Annual statistical returns and brief notes on vaccination in Bengal - 1909-1929
Year: 1909
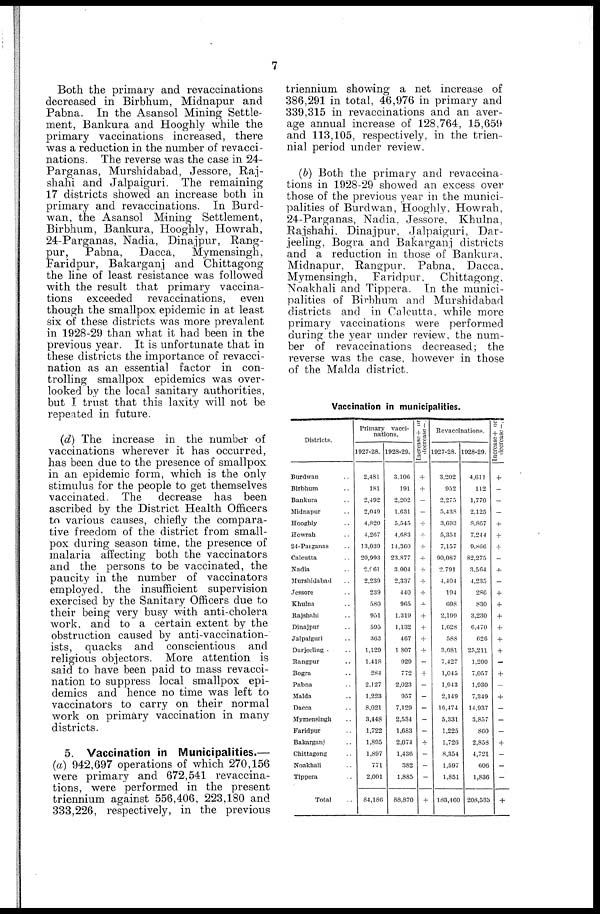
7
Both the primary and revaccinations
decreased in Birbhum, Midnapur and
Pabna. In the Asansol Mining Settle-
ment, Bankura and Hooghly while the
primary vaccinations increased, there
was a reduction in the number of revacci-
nations. The reverse was the case in 24-
Parganas, Murshidabad, Jessore, Raj-
shahi and Jalpaiguri. The remaining
17 districts showed an increase both in
primary and revaccinations. In Burd-
wan, the Asansol Mining Settlement,
Birbhum, Bankura, Hooghly, Howrah,
24-Parganas, Nadia, Dinajpur, Rang-
pur,
Pabna,
Dacca,
Mymensingh,
Faridpur, Bakarganj and Chittagong
the line of least resistance was followed
with the result that primary vaccina-
tions exceeded revaccinations, even
though the smallpox epidemic in at least
six of these districts was more prevalent
in 1928-29 than what it had been in the
previous year. It is unfortunate that in
these districts the importance of revacci-
nation as an essential factor in con-
trolling smallpox epidemics was over-
looked by the local sanitary authorities,
but I trust that this laxity will not be
repeated in future.
(d) The increase in the number of
vaccinations wherever it has occurred,
has been due to the presence of smallpox
in an epidemic form, which is the only
stimulus for the people to get themselves
vaccinated. The decrease has been
ascribed by the District Health Officers
to various causes, chiefly the compara-
tive freedom of the district from small-
pox during season time, the presence of
malaria affecting both the vaccinators
and the persons to be vaccinated, the
paucity in the number of vaccinators
employed, the insufficient supervision
exercised by the Sanitary Officers due to
their being very busy with anti-cholera
work, and to a certain extent by the
obstruction caused by anti-vaccination-
ists, quacks and conscientious and
religious objectors. More attention is
said to have been paid to mass revacci¬
nation to suppress local smallpox epi-
demics and hence no time was left to
vaccinators to carry on their normal
work on primary vaccination in many
districts.
5. Vaccination in Municipalities.—
(a) 942,697 operations of which 270,156
were primary and 672,541 revaccina-
tions, were performed in the present
triennium against 556,406, 223,180 and
333,226, respectively, in the previous
triennium showing a net increase of
386,291 in total, 46,976 in primary and
339,315 in revaccinations and an aver-
age annual increase of 128,764, 15,659
and 113,105, respectively, in the trien-
nial period under review.
(b) Both the primary and revaccina-
tions in 1928-29 showed an excess over
those of the previous year in the munici-
palities of Burdwan, Hooghly, Howrah,
24-Parganas, Nadia, Jessore, Khulna,
Rajshahi, Dinajpur, Jalpaiguri, Dar-
jeeling, Bogra and Bakarganj districts
and a reduction in those of Bankura,
Midnapur, Rangpur. Pabna, Dacca,
Mymensingh, Faridpur,
Chittagong,
Noakhali and Tippera. In the munici-
palities of Birbhum and Murshidabad
districts and in Calcutta, while more
primary vaccinations were performed
during the year under review, the num-
ber of revaccinations decreased; the
reverse was the case, however in those
of the Malda district.
Vaccination in municipalities.
Districts.
Burdwan ..
Birbhum ..
Bankura ..
Midnapur ..
Hooghly ..
Howrah ..
24-Parganas ..
Calcutta ..
Nadia ..
Murshidabad ..
Jessore ..
Khulna ..
Rajshahi ..
Dinajpur ..
Jalpaiguri ..
Darjeeling ..
Rangpur ..
Bogra ..
Pabna ..
Malda ..
Dacca ..
Mymensingh ..
Faridpur ..
Bakarganj ..
Chittagong ..
Noakhali ..
Tippera ..
Total ..
Primary vacci-
nations.
1927-28.
2,481
181
2,492
2,049
4,820
4,267
13,039
20,993
2,961
2,239
239
580
951
595
363
1,129
1,418
284
2,127
1,223
8,02l
3,448
1,722
1,895
1,897
771
2,001
84,186
1928-29.
3,106
191
2,202
1,631
5,545
4,683
14,360
23,877
3,004
2,337
440
965
1,319
1,132
467
1,807
929
772
2,023
957
7,129
2,534
1,683
2,074
1,436
382
1,885
88,870
Increase + or
decrease—.
+
+
-
-
+
+
+
+
+
+
+
+
+
+
+
+
-
+
-
-
-
-
-
+
-
-
-
+
Revaccinations.
1927-28.
3,202
952
2,275
5,438
3,693
5,351
7,157
90,087
2,791
4,404
194
698
2,199
1,628
588
3,681
7,427
1,045
1,943
2,149
16,474
5,331
1,225
1,726
8,354
1,597
1,851
183,460
1928-29.
4,611
112
1,770
2,125
8,867
7,244
9,866
82,275
3,564
4,235
286
830
3,230
6,470
626
25,211
1,200
7,057
1,930
7,349
14,937
3,857
860
2,858
4,721
606
1,836
208,533
Increase + or
decrease—.
+
-
-
-
+
+
+
-
+
-
+
+
+
+
+
+
-
+
-
+
-
-
-
+
-
-
-
+